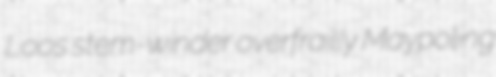
Loos stem-winder overfrailly Maypoling